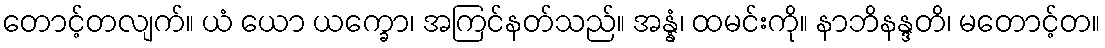
တောင့်တလျက်။ ယံ ယော ယက္ခော၊ အကြင်နတ်သည်။ အန္နံ၊ ထမင်းကို။ နာဘိနန္ဒတိ၊ မတောင့်တ။